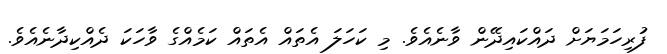
ފުރިހަމަޔަށް ދައްކައިދޭން ވާނެއެވެ. މި ކަހަލަ އެތައް އެތައް ކަމެއްގެ ވާހަކަ ދެއްކިދާނެއެވެ.